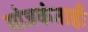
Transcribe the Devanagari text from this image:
योजकंताही